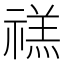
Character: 禚